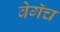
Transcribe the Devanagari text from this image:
वेगॅच